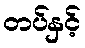
တပ်နှင့်